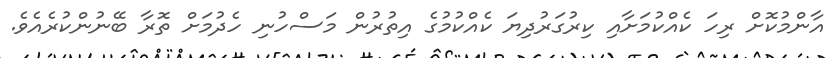
އާންމުކޮށް ރިހަ ކެއްކުމަށާއި ކިރުގަރުދިޔަ ކެއްކުމުގެ އިތުރުން މަސްހުނި ހެދުމަށް ތޮރާ ބޭނުންކުރެއެވެ.